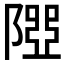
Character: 𨻉